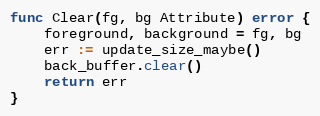
Language: Go
func Clear(fg, bg Attribute) error {
	foreground, background = fg, bg
	err := update_size_maybe()
	back_buffer.clear()
	return err
}